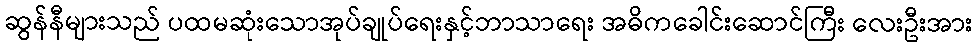
ဆွန်နီများသည် ပထမဆုံးသောအုပ်ချုပ်ရေးနှင့်ဘာသာရေး အဓိကခေါင်းဆောင်ကြီး လေးဦးအား